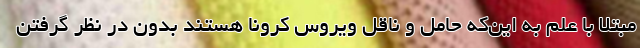
مبتلا با علم به این‌که حامل و ناقل ویروس کرونا هستند بدون در نظر گرفتن